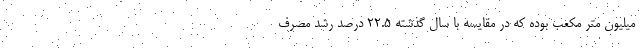
میلیون متر مکعب بوده که در مقایسه با سال گذشته ۲۲.۵ درصد رشد مصرف